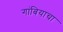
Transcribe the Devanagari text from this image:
गांबियाचा